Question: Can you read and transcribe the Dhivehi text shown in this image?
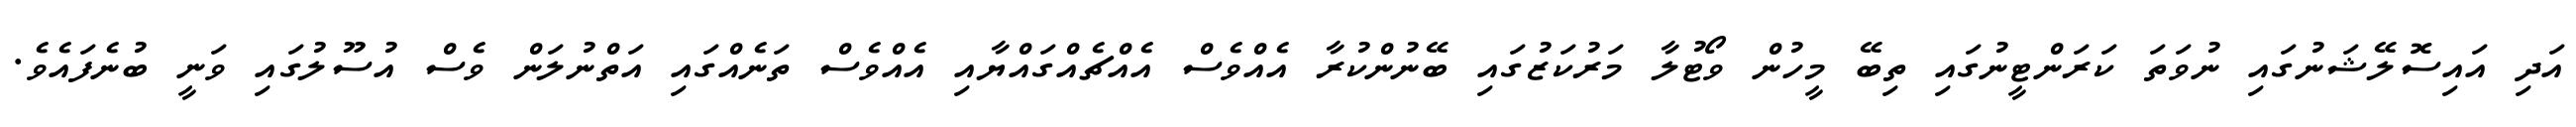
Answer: އަދި އައިސޮލޭޝަނުގައި ނުވަތަ ކަރަންޓީނުގައި ތިބޭ މީހުން ވޯޓުލާ މަރުކަޒުގައި ބޭނުންކުރާ އެއްވެސް އެއްޗެއްގައްޔާއި އެއްވެސް ތަނެއްގައި އަތްނުލަން ވެސް އުސޫލުގައި ވަނީ ބުނެފައެވެ.